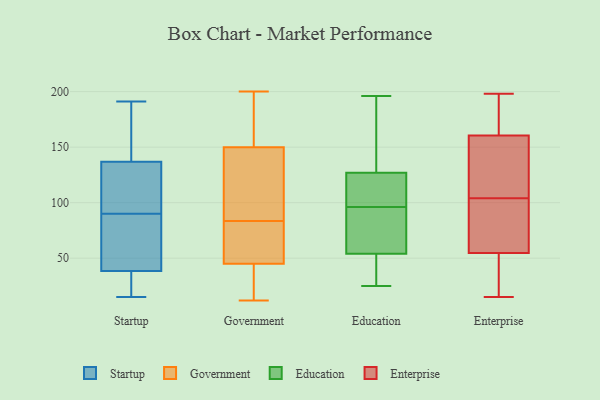
{"axis": {"x": "Website Visitors", "y": "Value"}, "legend": ["Education", "Enterprise", "Government", "Startup"], "data": [{"x": "", "y": 119, "type": "Startup"}, {"x": "", "y": 74, "type": "Startup"}, {"x": "", "y": 28, "type": "Startup"}, {"x": "", "y": 117, "type": "Startup"}, {"x": "", "y": 42, "type": "Startup"}, {"x": "", "y": 172, "type": "Startup"}, {"x": "", "y": 131, "type": "Startup"}, {"x": "", "y": 15, "type": "Startup"}, {"x": "", "y": 28, "type": "Startup"}, {"x": "", "y": 191, "type": "Startup"}, {"x": "", "y": 90, "type": "Startup"}, {"x": "", "y": 52, "type": "Startup"}, {"x": "", "y": 17, "type": "Startup"}, {"x": "", "y": 145, "type": "Startup"}, {"x": "", "y": 134, "type": "Startup"}, {"x": "", "y": 60, "type": "Startup"}, {"x": "", "y": 190, "type": "Startup"}, {"x": "", "y": 22, "type": "Government"}, {"x": "", "y": 187, "type": "Government"}, {"x": "", "y": 13, "type": "Government"}, {"x": "", "y": 12, "type": "Government"}, {"x": "", "y": 200, "type": "Government"}, {"x": "", "y": 82, "type": "Government"}, {"x": "", "y": 100, "type": "Government"}, {"x": "", "y": 54, "type": "Government"}, {"x": "", "y": 92, "type": "Government"}, {"x": "", "y": 150, "type": "Government"}, {"x": "", "y": 85, "type": "Government"}, {"x": "", "y": 46, "type": "Government"}, {"x": "", "y": 45, "type": "Government"}, {"x": "", "y": 198, "type": "Government"}, {"x": "", "y": 124, "type": "Education"}, {"x": "", "y": 100, "type": "Education"}, {"x": "", "y": 92, "type": "Education"}, {"x": "", "y": 73, "type": "Education"}, {"x": "", "y": 134, "type": "Education"}, {"x": "", "y": 127, "type": "Education"}, {"x": "", "y": 91, "type": "Education"}, {"x": "", "y": 155, "type": "Education"}, {"x": "", "y": 196, "type": "Education"}, {"x": "", "y": 25, "type": "Education"}, {"x": "", "y": 32, "type": "Education"}, {"x": "", "y": 54, "type": "Education"}, {"x": "", "y": 121, "type": "Education"}, {"x": "", "y": 50, "type": "Education"}, {"x": "", "y": 52, "type": "Education"}, {"x": "", "y": 74, "type": "Education"}, {"x": "", "y": 127, "type": "Education"}, {"x": "", "y": 102, "type": "Education"}, {"x": "", "y": 140, "type": "Enterprise"}, {"x": "", "y": 15, "type": "Enterprise"}, {"x": "", "y": 47, "type": "Enterprise"}, {"x": "", "y": 198, "type": "Enterprise"}, {"x": "", "y": 37, "type": "Enterprise"}, {"x": "", "y": 125, "type": "Enterprise"}, {"x": "", "y": 92, "type": "Enterprise"}, {"x": "", "y": 104, "type": "Enterprise"}, {"x": "", "y": 83, "type": "Enterprise"}, {"x": "", "y": 141, "type": "Enterprise"}, {"x": "", "y": 190, "type": "Enterprise"}, {"x": "", "y": 45, "type": "Enterprise"}, {"x": "", "y": 167, "type": "Enterprise"}, {"x": "", "y": 78, "type": "Enterprise"}, {"x": "", "y": 197, "type": "Enterprise"}]}